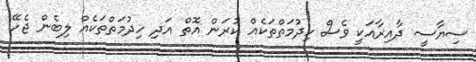
ސިޔާސީ ދާއިރާއަކީ ވެސް ހިދުމަތްތަކެއް ކުރަން އޮތް އަދި ހިދުމަތްތަކެއް ލިބެން ޖެހޭ